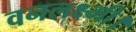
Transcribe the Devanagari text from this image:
वनलक्ष्मी।